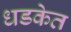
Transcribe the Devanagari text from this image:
धडकेत